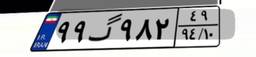
۹۹گ۹۸۲۴۹